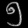
Digit: ၅